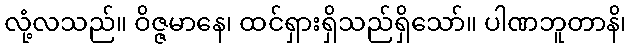
လုံ့လသည်။ ဝိဇ္ဇမာနေ၊ ထင်ရှားရှိသည်ရှိသော်။ ပါဏဘူတာနိ၊